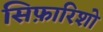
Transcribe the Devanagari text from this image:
सिफ़ारिशो